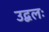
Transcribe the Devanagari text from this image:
उद्बलः